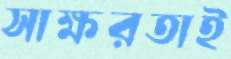
সাক্ষরতাই